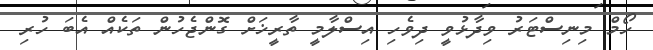
ހޯމް މިނިސްޓަރު ވިދާޅުވީ ދިވެހި އިސްލާމީ ތާރީޚަށް ގޮންޖެހުން ތަކެއް އެބަ ހުރި